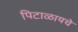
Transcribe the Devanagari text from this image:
पिटाळायचे